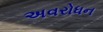
અવરોધન